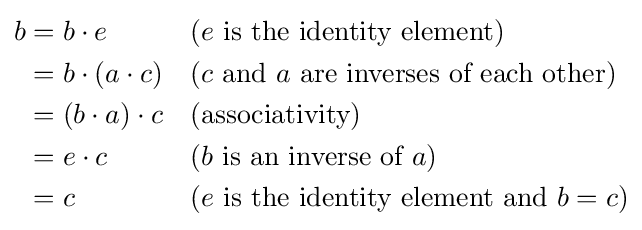
{\begin{aligned}b&=b\cdot e&&{\text{(}}e{\text{ is the identity element)}}\\&=b\cdot (a\cdot c)&&{\text{(}}c{\text{ and }}a{\text{ are inverses of each other)}}\\&=(b\cdot a)\cdot c&&{\text{(associativity)}}\\&=e\cdot c&&{\text{(}}b{\text{ is an inverse of }}a{\text{)}}\\&=c&&{\text{(}}e{\text{ is the identity element and }}b=c{\text{)}}\end{aligned}}